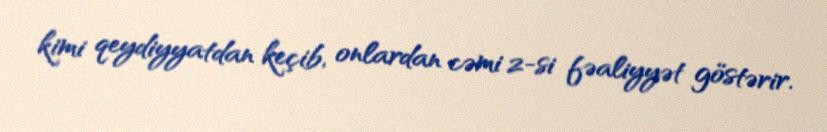
kimi qeydiyyatdan keçib, onlardan cəmi 2-si fəaliyyət göstərir.